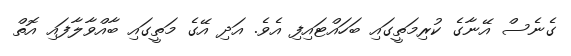
ގެނެސް އޭނާގެ ކުރިމަތީގައި ބަހައްޓައިފި އެވެ. އަދި އޭގެ މަތީގައި ބާއްވާލާފައި އޮތް